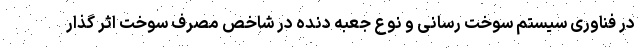
در فناوری سیستم سوخت رسانی و نوع جعبه دنده در شاخص مصرف سوخت اثر گذار